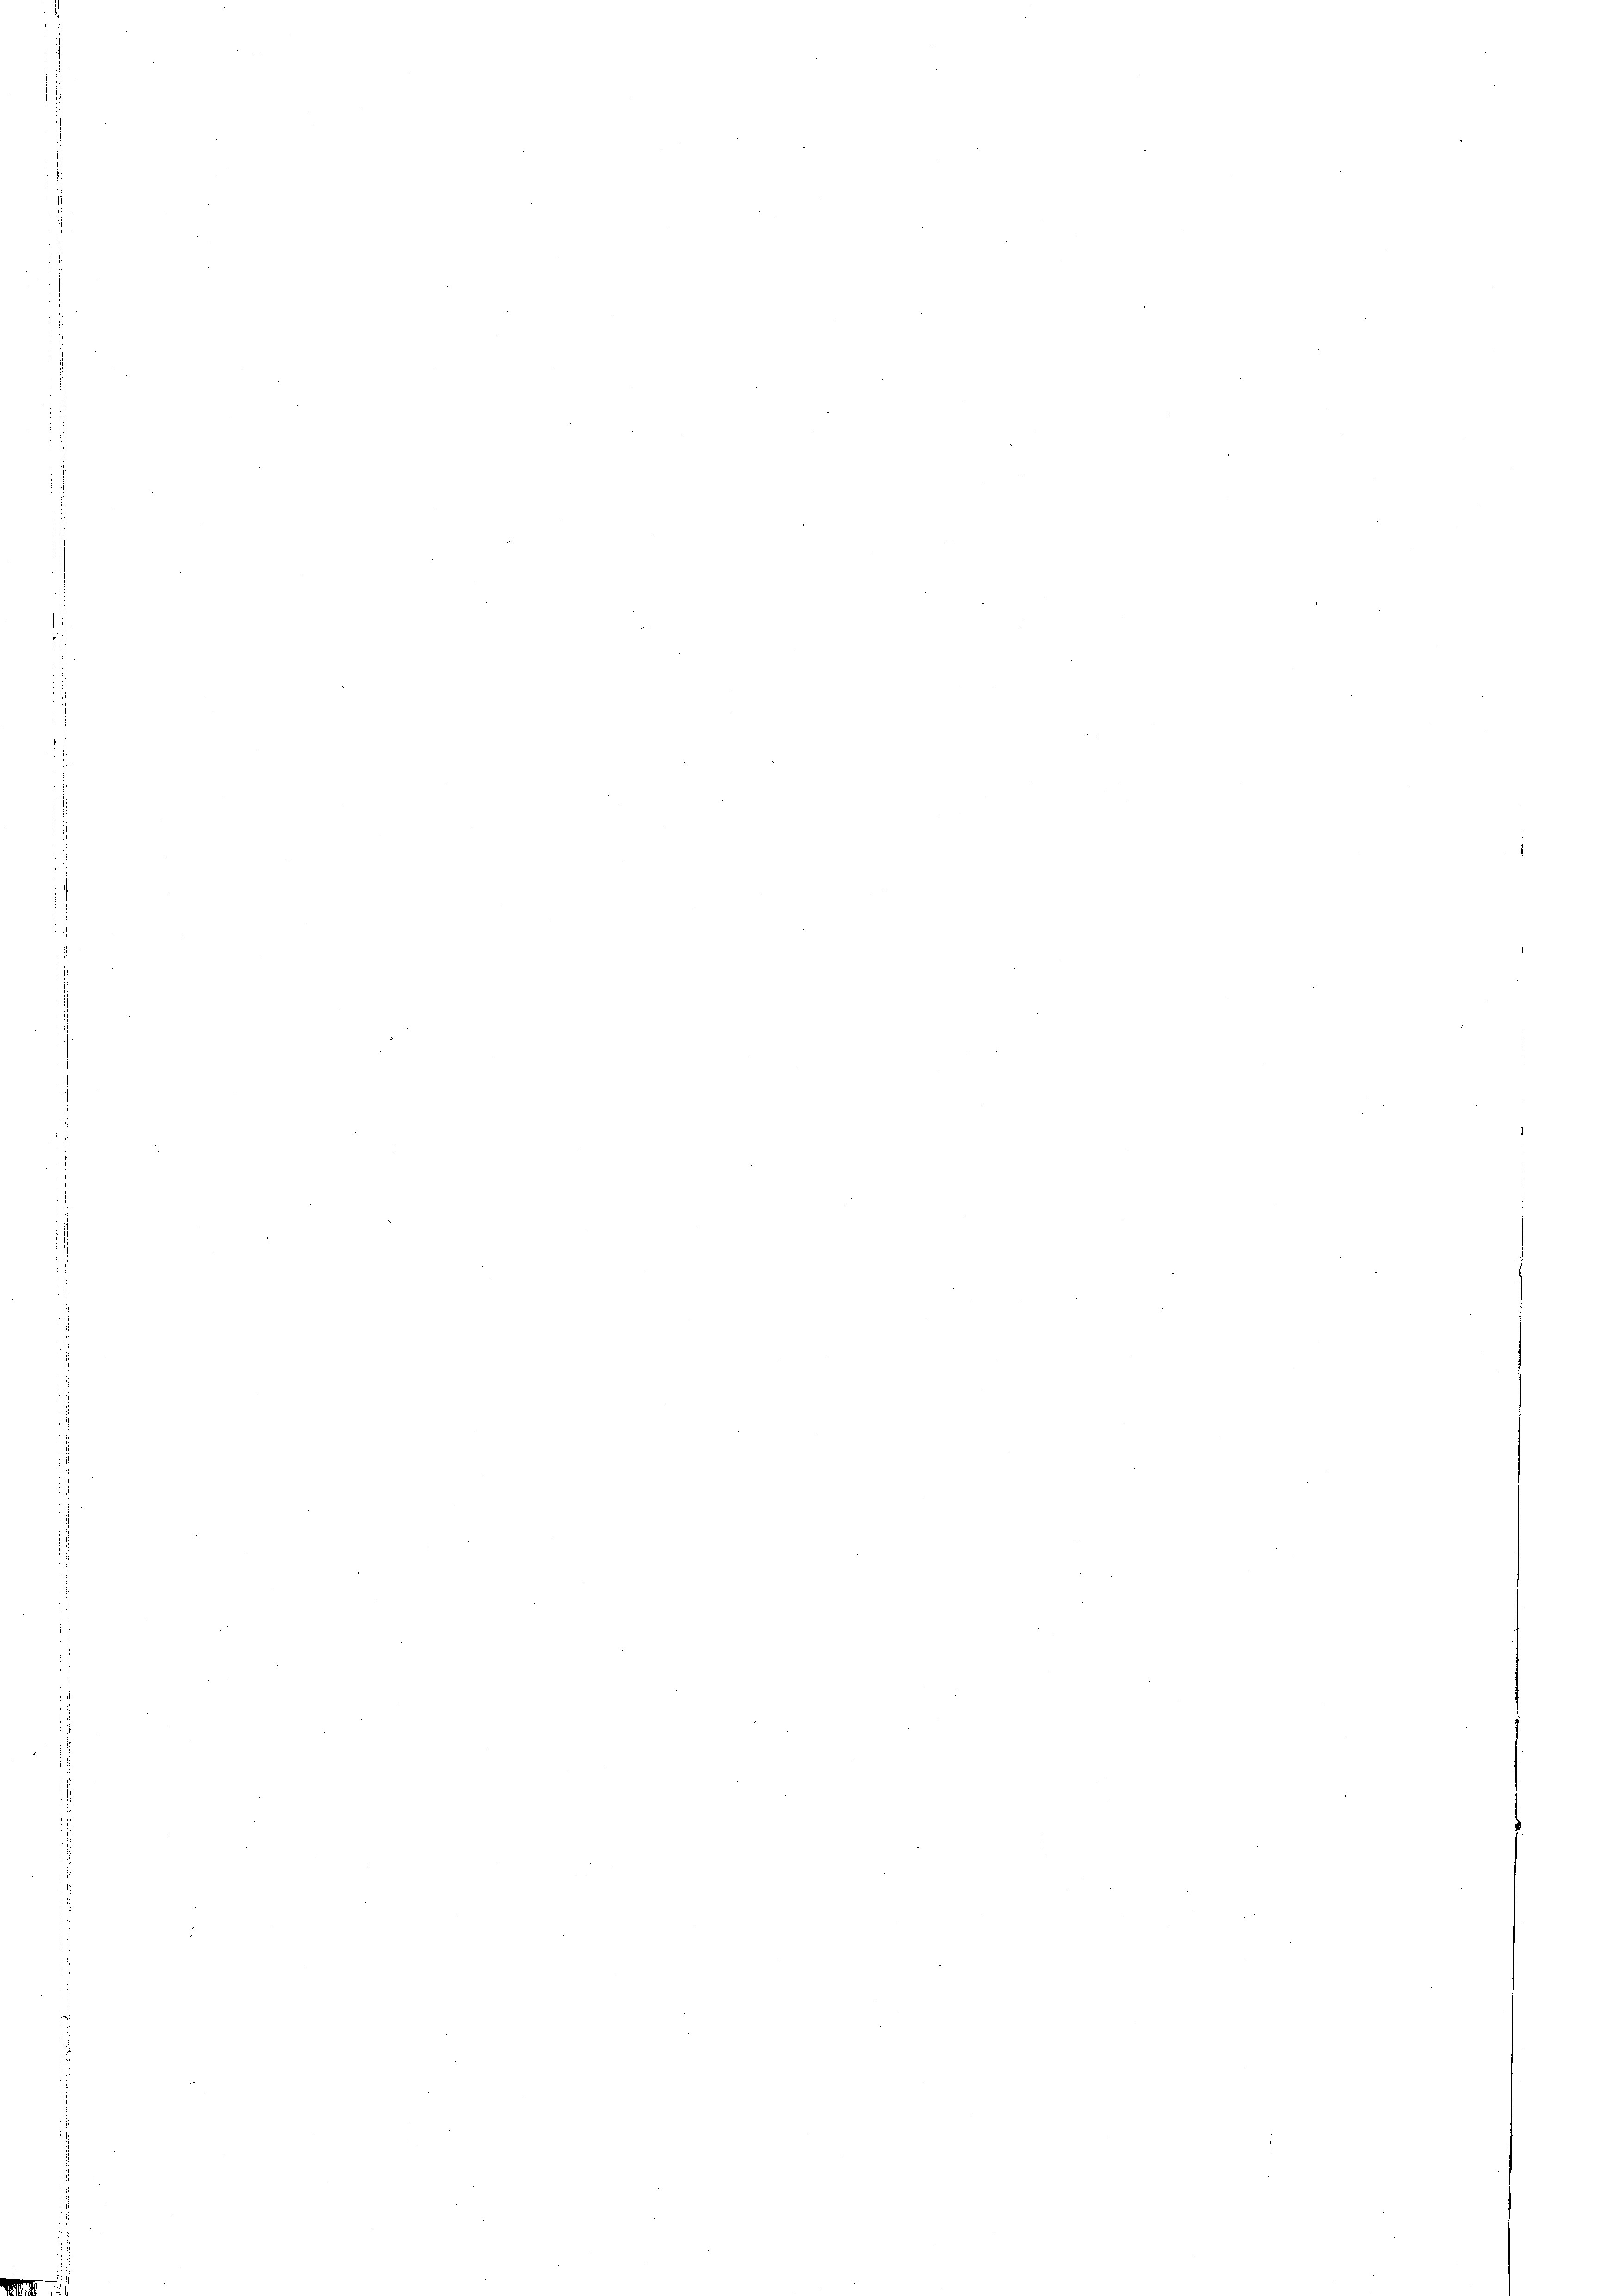
1

d

ih